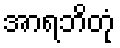
အာရဘိတုံ